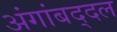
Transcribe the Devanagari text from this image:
अंगांबद्दल